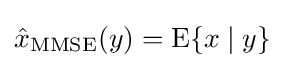
{\hat {x}}_{\operatorname {MMSE} }(y)=\operatorname {E} \{x\mid y\}